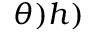
\theta ) h )